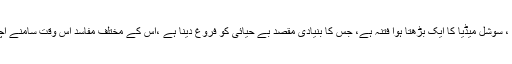
ٹک ٹاک ، سوشل میڈیا کا ایک بڑھتا ہوا فتنہ ہے، جس کا بنیادی مقصد بے حیائی کو فروغ دینا ہے ،اس کے مختلف مفاسد اس وقت سامنے آچکے ہیں۔